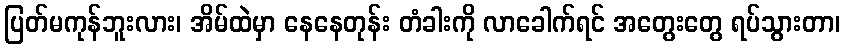
ပြတ်မကုန်ဘူးလား၊ အိမ်ထဲမှာ နေနေတုန်း တံခါးကို လာခေါက်ရင် အတွေးတွေ ရပ်သွားတာ၊